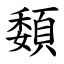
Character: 䫋